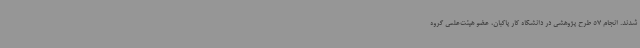
شدند. انجام 57 طرح پژوهشی در دانشگاه کار پاکبان، عضو هیئت‌علمی گروه